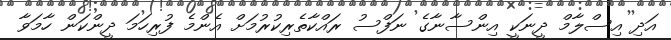
އަދި އިސްލާމް ދީނަކީ އިންސާނާގެ ނަފްސު ރައްކާތެރިކުރުމަށް އެންމެ ފުރިހަމަ ދީންކަން ހާމަވާ